V__Kingissepa_nim__kolhoos, lk 39
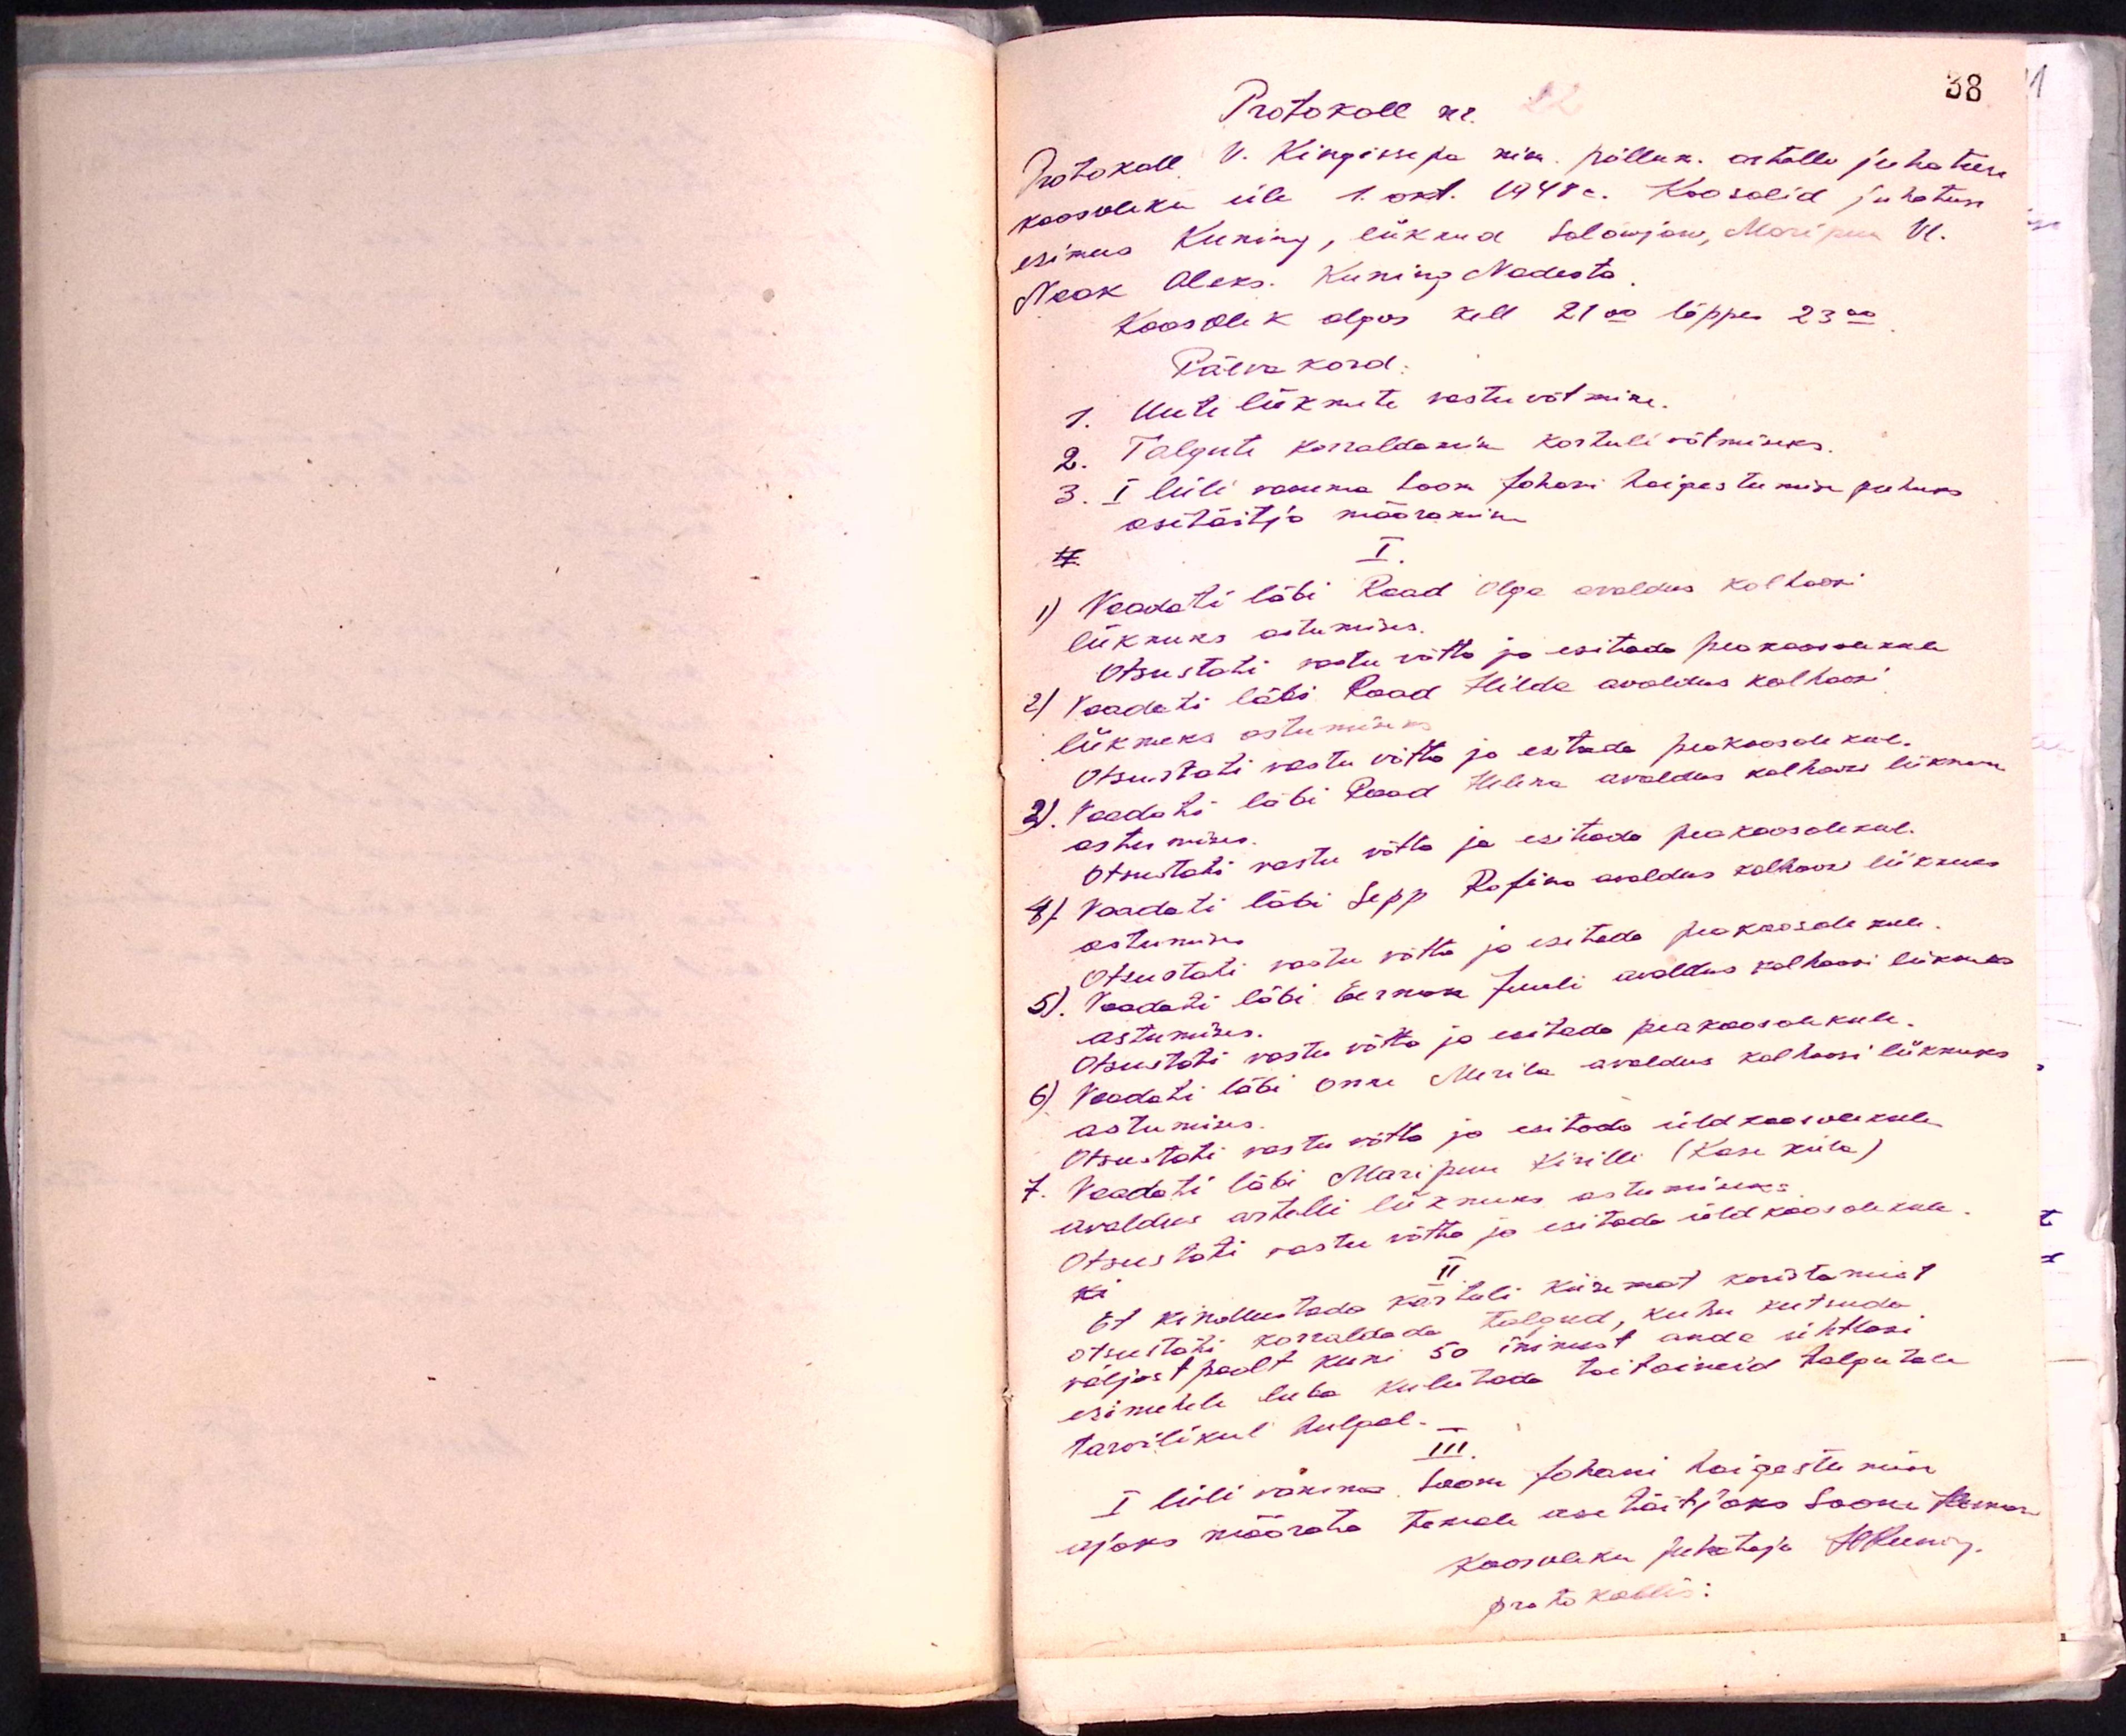
Protokoll nr. 22
Protokoll V. Kingissepa nim. põllum. artelli juhatuse
koosoleku üle 1. okt. 1948a. Koos olid juhatuse
esimees Kuning, liikmed Solowjow, Maripuu Vl.
Naak Aleks. Kuning Nadesta
Koosolek algus kell 21.00 lõppes 23.00
Päevakord.
1. Uute liikmete vastuvõtmine.
2. Talgute korraldamine kartulivõtmiseks.
3. I lüli vanema Soom Johani haigestumise puhuks
asetäitja määramine
I
1) Vaadati läbi Raad Olga avaldus kolhoosi
liikmeks astumises.
Otsustati vastu võtta ja esitada peakoosolekule
2) Vaadati läbi Raad Hilda avaldus kolhoosi
liikmeks astumiseks
Otsustati vastu võtta ja esitada peakoosolekul
2) Vaadati läbi Raad Helena avaldus kolhoosi liikmeks
astumises
Otsustati vastu võtta ja esitada peakoosolekul.
4) Vaadati läbi Sepp Rofino avaldus kolhoos liikmeks
astumises
Otsustati vastu võtta ja esitada peakoosolekule
5). Vaadati läbi Herman Juuli avaldus kolhoosi liikmeks
astumises.
Otsustati vastu võtta ja esitada peakoosolekule
6) Vaadati läbi Oru Merila avaldus kolhoosi liikmeks
astumises.
Otsustati vastu võtta ja esitada üldkoosolekule
7. Vaadati läbi Maripuu Kirilli (Kasu küla)
avaldus artelli liikmeks astumiseks
Otsustati vastu võtta ja esitada üldkoosolekule
II
Et kindlustada kartuli kiiremat koristamist
otsustati korraldada talgud, kuhu kutsuda
väljast poolt kuni 50 inimest anda ühtlasi
esimehele luba kulutada toitaineid talgutele
tarvilikul hulgal.
III
I lüli vanema, Soom Johani haigestumise
ajaks määrata temale asetäitjaks Soom Herman
Koosoleku juhataja HTeening.
protokollis